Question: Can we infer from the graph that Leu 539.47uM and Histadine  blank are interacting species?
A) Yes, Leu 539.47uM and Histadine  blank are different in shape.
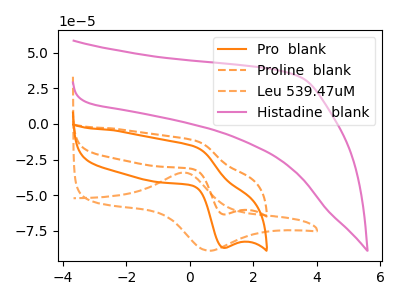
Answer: <think>The orange curve "Pro  blank" has an anodic peak at (0.15V, -16.05uA) and a cathodic peak at (1.05V, -86.90uA). The orange dashed curve "Proline  blank" has an anodic peak at (0.15V, -11.75uA) and a cathodic peak at (1.05V, -63.45uA). The orange dashed curve "Leu 539.47uM" has an anodic peak at (-0.20V, -34.10uA) and a cathodic peak at (0.60V, -88.90uA). The pink curve "Histadine  blank" has no peaks.
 "Leu 539.47uM" and "Histadine  blank" have a different number of peaks.</think>
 <answer>A) Yes, "Leu 539.47uM" and "Histadine  blank" are different in shape.</answer>
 <eval>A</eval>